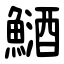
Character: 䲤